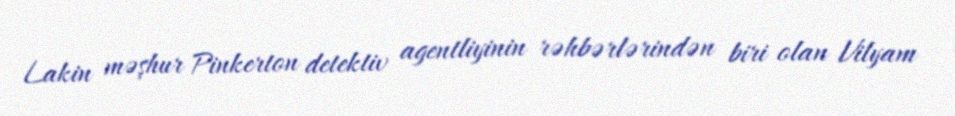
Lakin məşhur Pinkerton detektiv agentliyinin rəhbərlərindən biri olan Vilyam